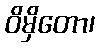
ဝိမှိတော၊